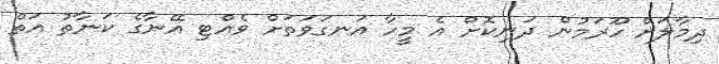
ދިމާލަށް ހޫރަމުން ދަނިކޮށް އެ މީހާ އަނގަވަތަށް ވެއްޓި އޭނާގެ ކަނާތު އަތް